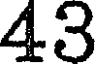
43